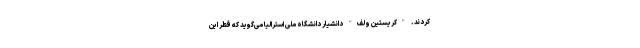
کردند. "کریستین ولف" دانشیار دانشگاه ملی استرالیا می‌گوید که قطر این